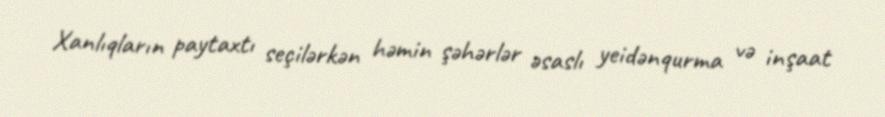
Xanlıqların paytaxtı seçilərkən həmin şəhərlər əsaslı yeidənqurma və inşaat